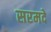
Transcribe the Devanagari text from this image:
सरमदे